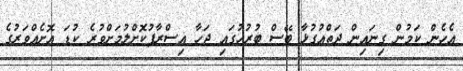
އެހެން ކަމުން ގިނައިން ދަތްއުގުޅާ ބޭސް ބުރުހުގައި ޖަހާ އިސްރާފުކޮށްލުމަށްވުރެ ކުޑަ އޮށެއްވަރުގެ